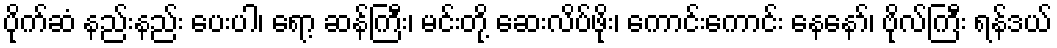
ပိုက်ဆံ နည်းနည်း ပေးပါ၊ ရော့ ဆန်ကြီး၊ မင်းတို့ ဆေးလိပ်ဖိုး၊ ကောင်းကောင်း နေနော်၊ ဗိုလ်ကြီး ရန်ဒယ်